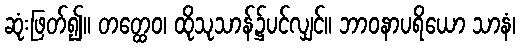
ဆုံးဖြတ်၍။ တတ္ထေဝ၊ ထိုသုသာန်၌ပင်လျှင်။ ဘာဝနာပရိယော သာနံ၊